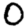
Digit: 0